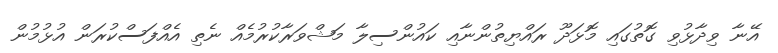
އޭނާ ވިދާޅުވި ގޮތުގައި މޮޅަދޫ ރައްޔިތުންނާއި ކައުންސިލާ މަޝްވަރާކުރުމެއް ނެތި އެއްފަސްކުރަން އުޅުމުން